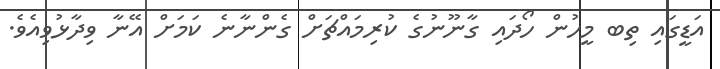
އަޑީގައި ތިބ މީހުން ހޯދައި ގާނޫނުގެ ކުރިމައްޗަށް ގެންނާނެ ކަމަށް އޭނާ ވިދާޅުވިއެވެ.